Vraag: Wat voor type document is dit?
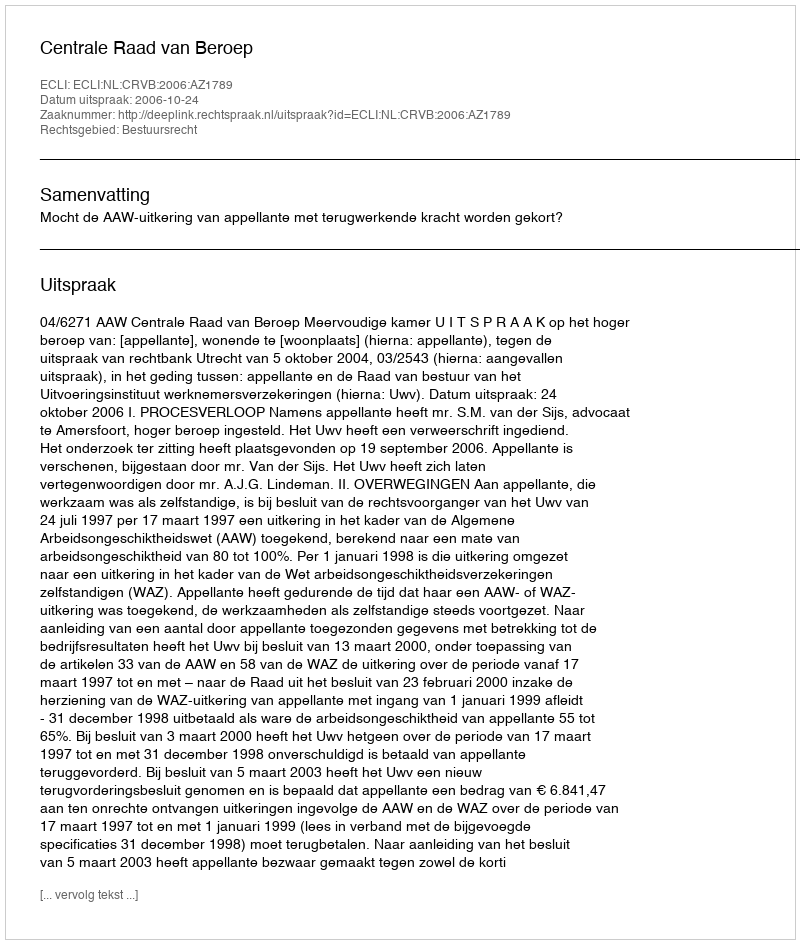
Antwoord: Uitspraak